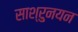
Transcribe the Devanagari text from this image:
साश्रुनयन